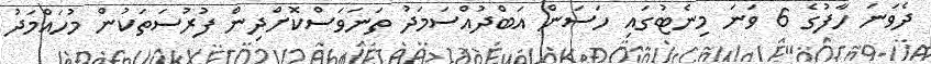
ދެވަނަ ހާފުގެ 6 ވަނަ މިނެޓުގައި ހަސަން އަބްދުއްސަމަދު ތަނަވަސްކޮށްދިން ފުރުސަތަކުން މުހައްމަދު